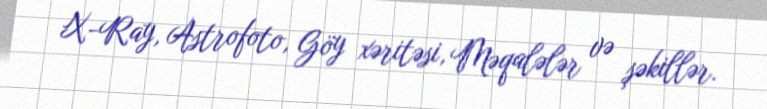
X-Ray, Astrofoto, Göy xəritəsi, Məqalələr və şəkillər.